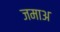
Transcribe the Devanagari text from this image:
जमाअ